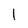
Character: 1